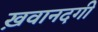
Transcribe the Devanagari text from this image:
ख़वानदगी